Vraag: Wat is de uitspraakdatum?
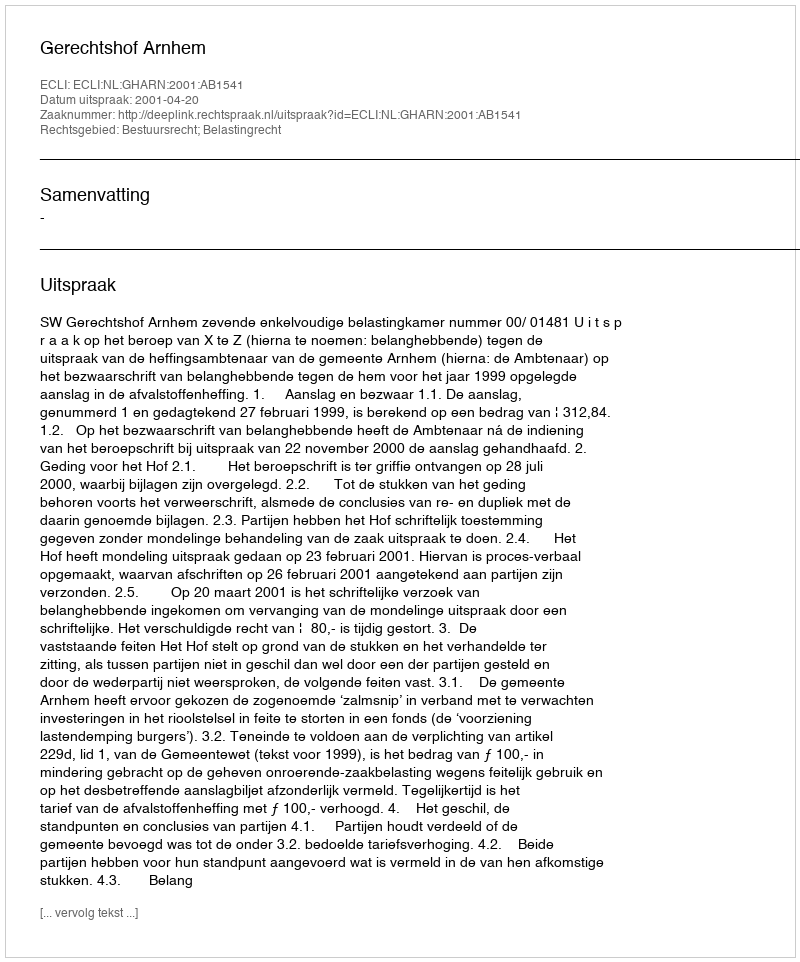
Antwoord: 2001-04-20